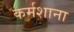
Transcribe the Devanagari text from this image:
कर्मशाना